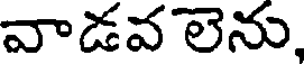
వాడవలెను,